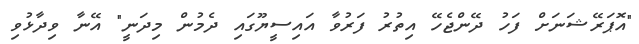
"އޮޕަރޭޝަނަށް ފަހު ދޭންޖެހޭ އިތުރު ފަރުވާ އައިސީޔޫގައި ދެމުން މިދަނީ" އޭނާ ވިދާޅުވި